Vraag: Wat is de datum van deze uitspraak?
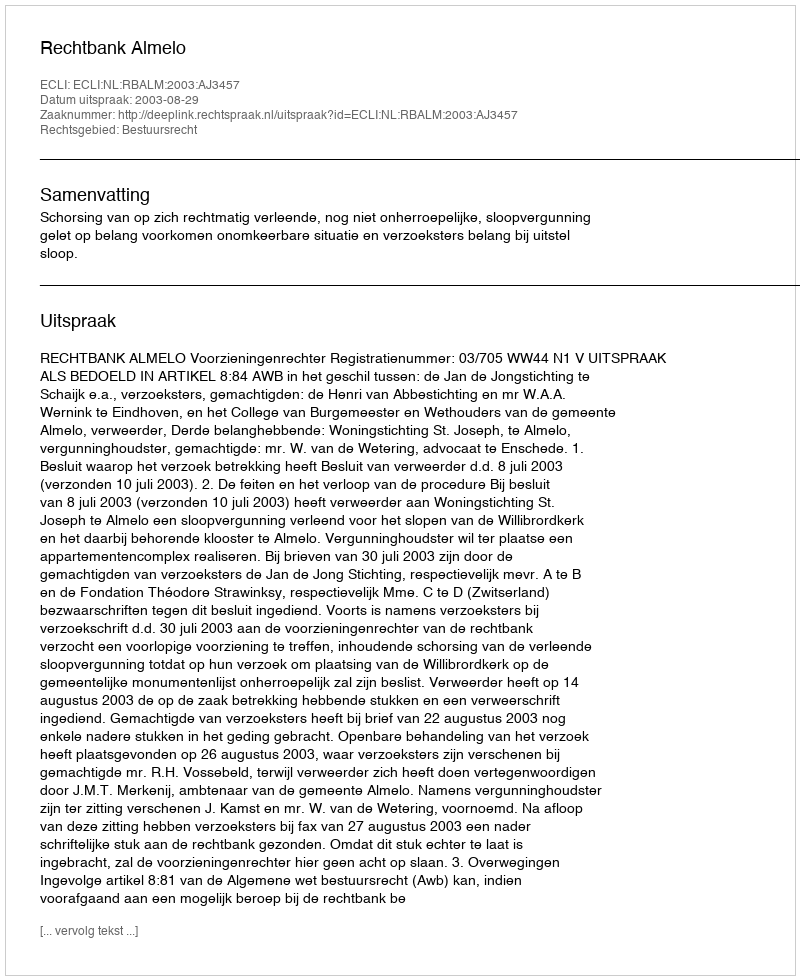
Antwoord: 2003-08-29